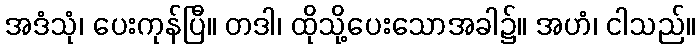
အဒံသုံ၊ ပေးကုန်ပြီ။ တဒါ၊ ထိုသို့ပေးသောအခါ၌။ အဟံ၊ ငါသည်။